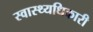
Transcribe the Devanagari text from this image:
स्वास्थ्यधिकारी